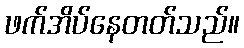
ဖက်အိပ်နေတတ်သည်။